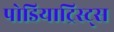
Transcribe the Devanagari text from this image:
पोडियाट्रिस्ट्स